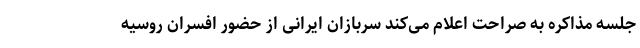
جلسه مذاکره به صراحت اعلام می‌کند سربازان ایرانی از حضور افسران روسیه